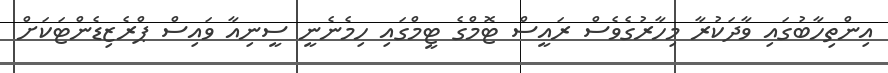
އިންތިހާބުގައި ވާދަކުރާ މިހާރުގެވެސް ރައީސް ޓޮމްގެ ޓީމްގައި ހިމެނެނީ ސީނިއާ ވައިސް ޕްރެޒިޑެންޓަކަށް